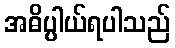
အဓိပ္ပါယ်ရပါသည်